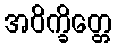
အဝိက္ခိတ္တေ